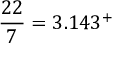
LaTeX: { \frac { 2 2 } { 7 } } = 3 . 1 4 3 ^ { + }